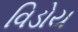
વિડોય